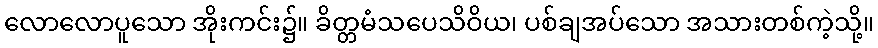
လောလောပူသော အိုးကင်း၌။ ခိတ္တမံသပေသိဝိယ၊ ပစ်ချအပ်သော အသားတစ်ကဲ့သို့။